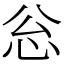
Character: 忩